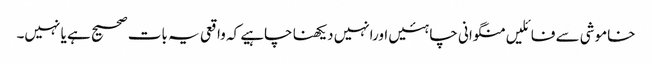
خاموشی سے فائلیں منگوانی چاہئیں اورانہیں دیکھنا چاہیے کہ واقعی یہ بات صحیح ہے یا نہیں۔